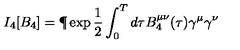
I _ { 4 } [ B _ { 4 } ] = \P \exp \frac { 1 } { 2 } \int _ { 0 } ^ { T } d \tau B _ { 4 } ^ { \mu \nu } ( \tau ) \gamma ^ { \mu } \gamma ^ { \nu }